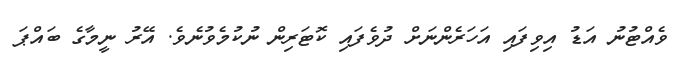
ވެއްޓުނު އަޑު އިވިފައި އަހަރެންނަށް ދުވެފައި ކޮޓަރިން ނުކުމެވުނެވެ. އޭރު ނީމާގެ ބައްޕަ